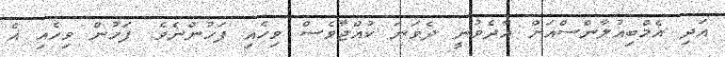
އަދި އެމްބިއުލާންސްއަށް އާދެވުނީ ދެވަނަ ކުއްޖާވެސް ވިހެއި ފަހުންނެވެ. ފަހުން ވިހެއި އެ